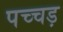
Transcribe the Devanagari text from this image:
पच्चड़